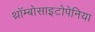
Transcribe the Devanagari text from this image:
थ्रॉम्बोसाइटोपेनिया